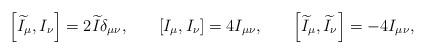
LaTeX: \begin{align*}\left[ \widetilde{I}_\mu ,I_\nu \right] =2\widetilde{I}\delta_{\mu \nu } ,\hspace{0.3in}\left[ I_\mu ,I_\nu \right] =4I_{\mu\nu } ,\hspace{0.3in}\left[ \widetilde{I}_\mu ,\widetilde{I}_\nu\right] =-4I_{\mu \nu } ,\end{align*}